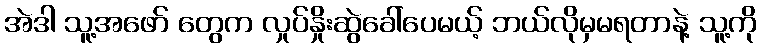
အဲဒါ သူ့အဖော် တွေက လှုပ်နှိုးဆွဲခေါ်ပေမယ့် ဘယ်လိုမှမရတာနဲ့ သူ့ကို